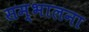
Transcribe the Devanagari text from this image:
सम्भालना